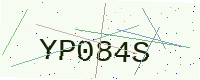
Text: YP084S